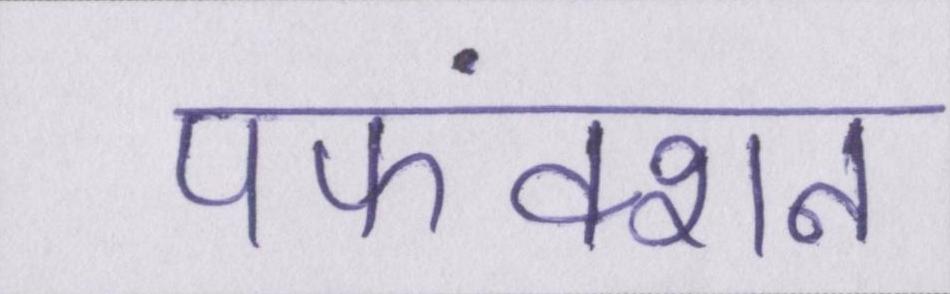
पफंक्शन